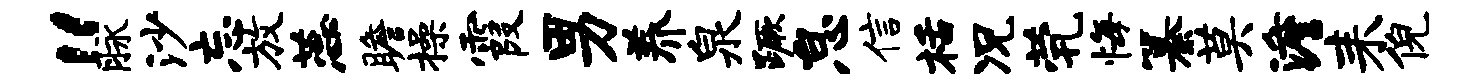
“脉沙忘放蕊瞻操霞男养泉蹶怠信栝况茕悔纂莫澹耒倪